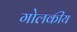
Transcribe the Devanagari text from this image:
गोलकीय